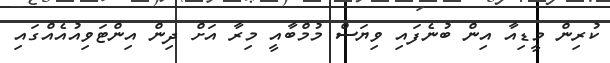
ކުރިން މީޑިއާ އިން ބުނެފައި ވިޔަސް މުމްބާއީ މިރާ އަށް ދިން އިންޓަވިއުއެއްގައި